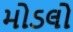
મોડલો